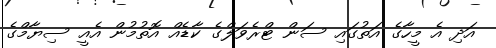
އަދި އެ މީހާގެ އަތުގައި ސަން ޓްރެވަލްގެ ކާޑެއް އޮތުމުން އެއީ ސިޔާމްގެ